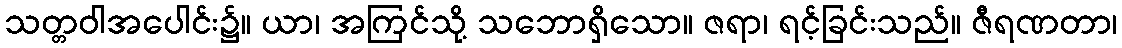
သတ္တဝါအပေါင်း၌။ ယာ၊ အကြင်သို့ သဘောရှိသော။ ဇရာ၊ ရင့်ခြင်းသည်။ ဇီရဏတာ၊